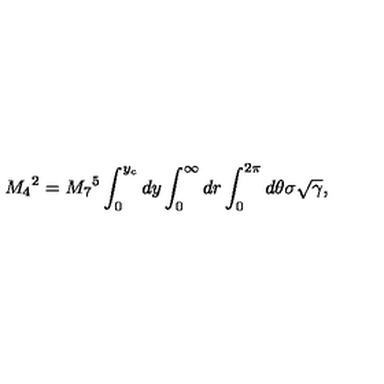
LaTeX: M _ { 4 } { } ^ { 2 } = M _ { 7 } { } ^ { 5 } \int _ { 0 } ^ { y _ { c } } d y \int _ { 0 } ^ { \infty } d r \int _ { 0 } ^ { 2 \pi } d \theta \sigma \sqrt { \gamma } ,